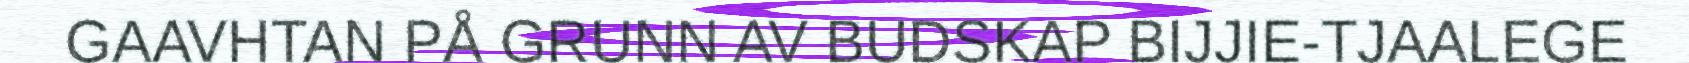
GAAVHTAN PÅ GRUNN AV BUDSKAP BIJJIE-TJAALEGE